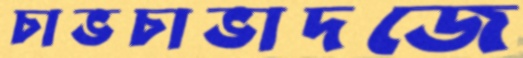
চাভচাভাদজে